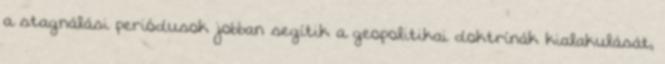
a stagnálási periódusok jobban segítik a geopolitikai doktrínák kialakulását,